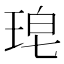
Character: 𮴜